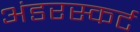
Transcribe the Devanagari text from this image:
अंडरस्कर्ट